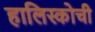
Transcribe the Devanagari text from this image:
हालिस्कोची